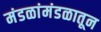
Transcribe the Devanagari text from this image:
मंडळांमंडळातून